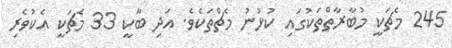
245 މެޗަކީ މުބާރާތްތަކުގައި ކުޅުނު މެޗްތަކެވެ. އަދި ބާކީ 33 މެޗަކީ އެކުވެރި